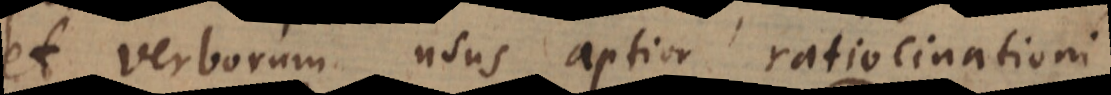
et verborum usus aptior ratiocinationi